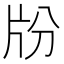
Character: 𤖭